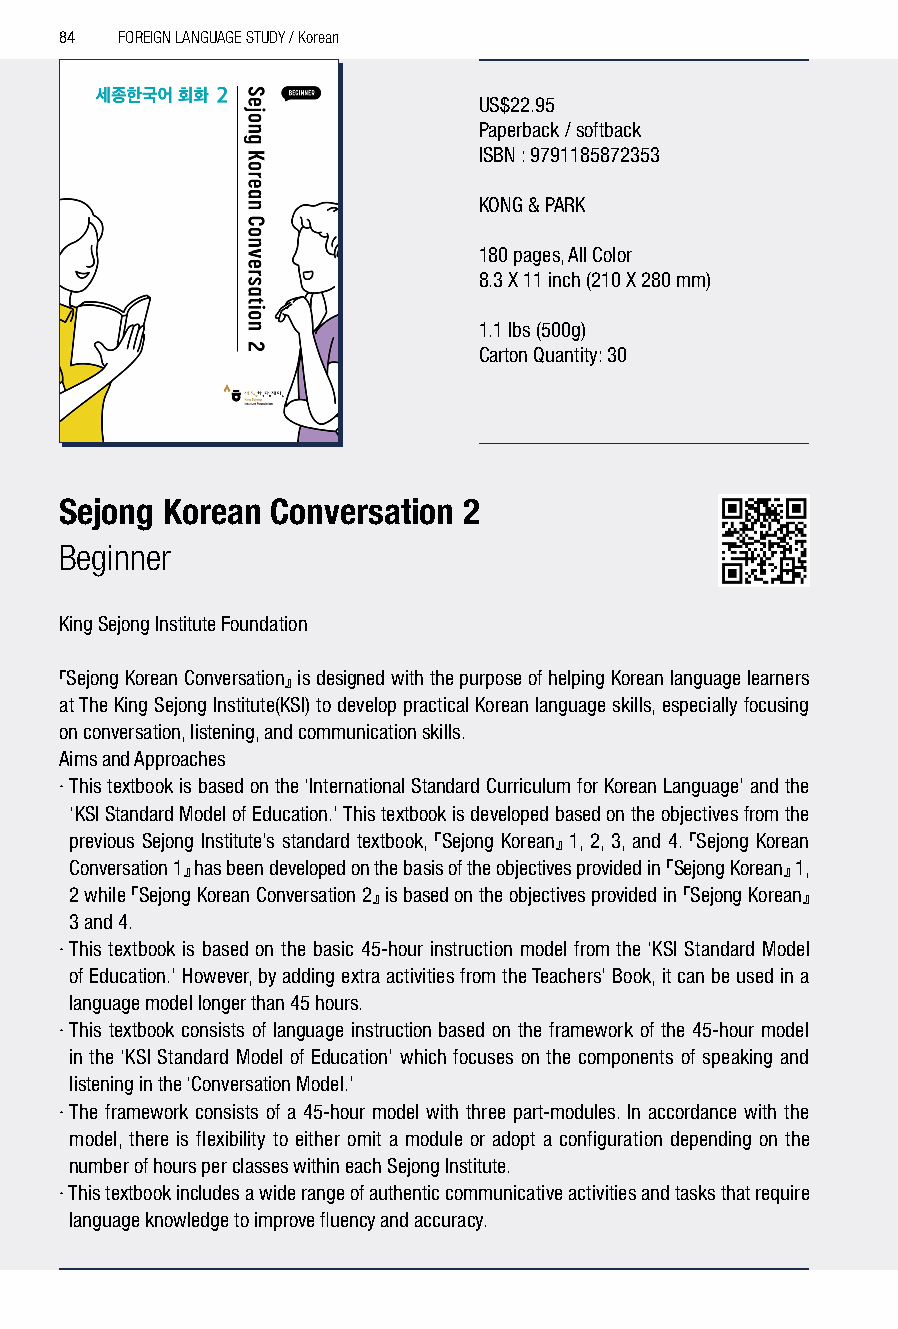
84  FOREIGN LANGUAGE STUDY / Korean
 US$22.95
 Paperback / softback
 ISBN : 9791185872353
 KONG & PARK
 180 pages, All Color
 8.3 X 11 inch (210 X 280 mm)
 1.1 lbs (500g)
 Carton Quantity: 30
 Sejong Korean Conversation 2
 Beginner
 King Sejong Institute Foundation
 『Sejong Korean Conversation』 is designed with the purpose of helping Korean language learners
 at The King Sejong Institute(KSI) to develop practical Korean language skills, especially focusing
 on conversation, listening, and communication skills.
 Aims and Approaches
 · This textbook is based on the ‘International Standard Curriculum for Korean Language’ and the
 ‘KSI Standard Model of Education.’ This textbook is developed based on the objectives from the
 previous Sejong Institute’s standard textbook, 『Sejong Korean』 1, 2, 3, and 4. 『Sejong Korean
 Conversation 1』 has been developed on the basis of the objectives provided in 『Sejong Korean』 1,
 2 while 『Sejong Korean Conversation 2』 is based on the objectives provided in 『Sejong Korean』
 3 and 4.
 · This textbook is based on the basic 45-hour instruction model from the ‘KSI Standard Model
 of Education.’ However, by adding extra activities from the Teachers’ Book, it can be used in a
 language model longer than 45 hours.
 · This textbook consists of language instruction based on the framework of the 45-hour model
 in the ‘KSI Standard Model of Education’ which focuses on the components of speaking and
 listening in the ‘Conversation Model.’
 · The framework consists of a 45-hour model with three part-modules. In accordance with the
 model, there is flexibility to either omit a module or adopt a configuration depending on the
 number of hours per classes within each Sejong Institute.
 · This textbook includes a wide range of authentic communicative activities and tasks that require
 language knowledge to improve fluency and accuracy.